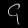
Digit: ၄